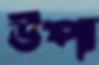
উপ